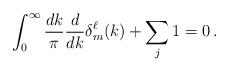
LaTeX: \begin{align*}\int_{0}^{\infty} \frac{dk}{\pi} \frac{d}{dk} \delta^\ell_m(k) + \sum_j 1 = 0 \,. \end{align*}